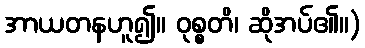
အာယတနဟူ၍။ ဝုစ္စတိ၊ ဆိုအပ်၏။)